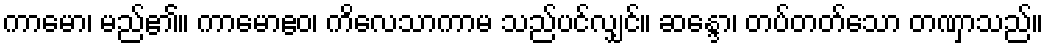
ကာမော၊ မည်၏။ ကာမောဧဝ၊ ကိလေသာကာမ သည်ပင်လျှင်။ ဆန္ဒော၊ တပ်တတ်သော တဏှာသည်။